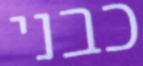
כבני